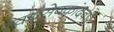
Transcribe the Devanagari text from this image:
स्वयंसेवकांदवारे